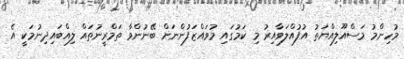
މުހިންމު މަސްއޫލިއްޔަތު އުފުއްލަވާއިރު މި ކަމުގައި މުވައްޒަފުންނަށް ބޭނުންވާ ތަމްރީނުތައް ލިއްބައިދިނުމަކީ އެ